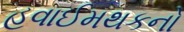
હવાઈમથકનો